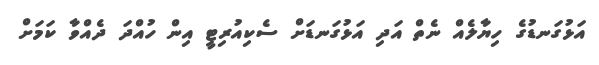
އަޅުގަނޑުގެ ހިޔާލެއް ނެތް އަދި އަޅުގަނޑަށް ސެކިއުރިޓީ އިން ހުއްދަ ދެއްވާ ކަމަށް